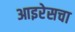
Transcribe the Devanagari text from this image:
आइरेसचा